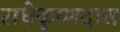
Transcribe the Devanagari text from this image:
राधेकृष्णदास